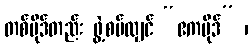
တစ်ပိုဒ်တည်း ဖွဲ့စပ်လျှင် “ဧကပိုဒ်” ၊